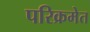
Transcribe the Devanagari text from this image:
परिक्रमेत